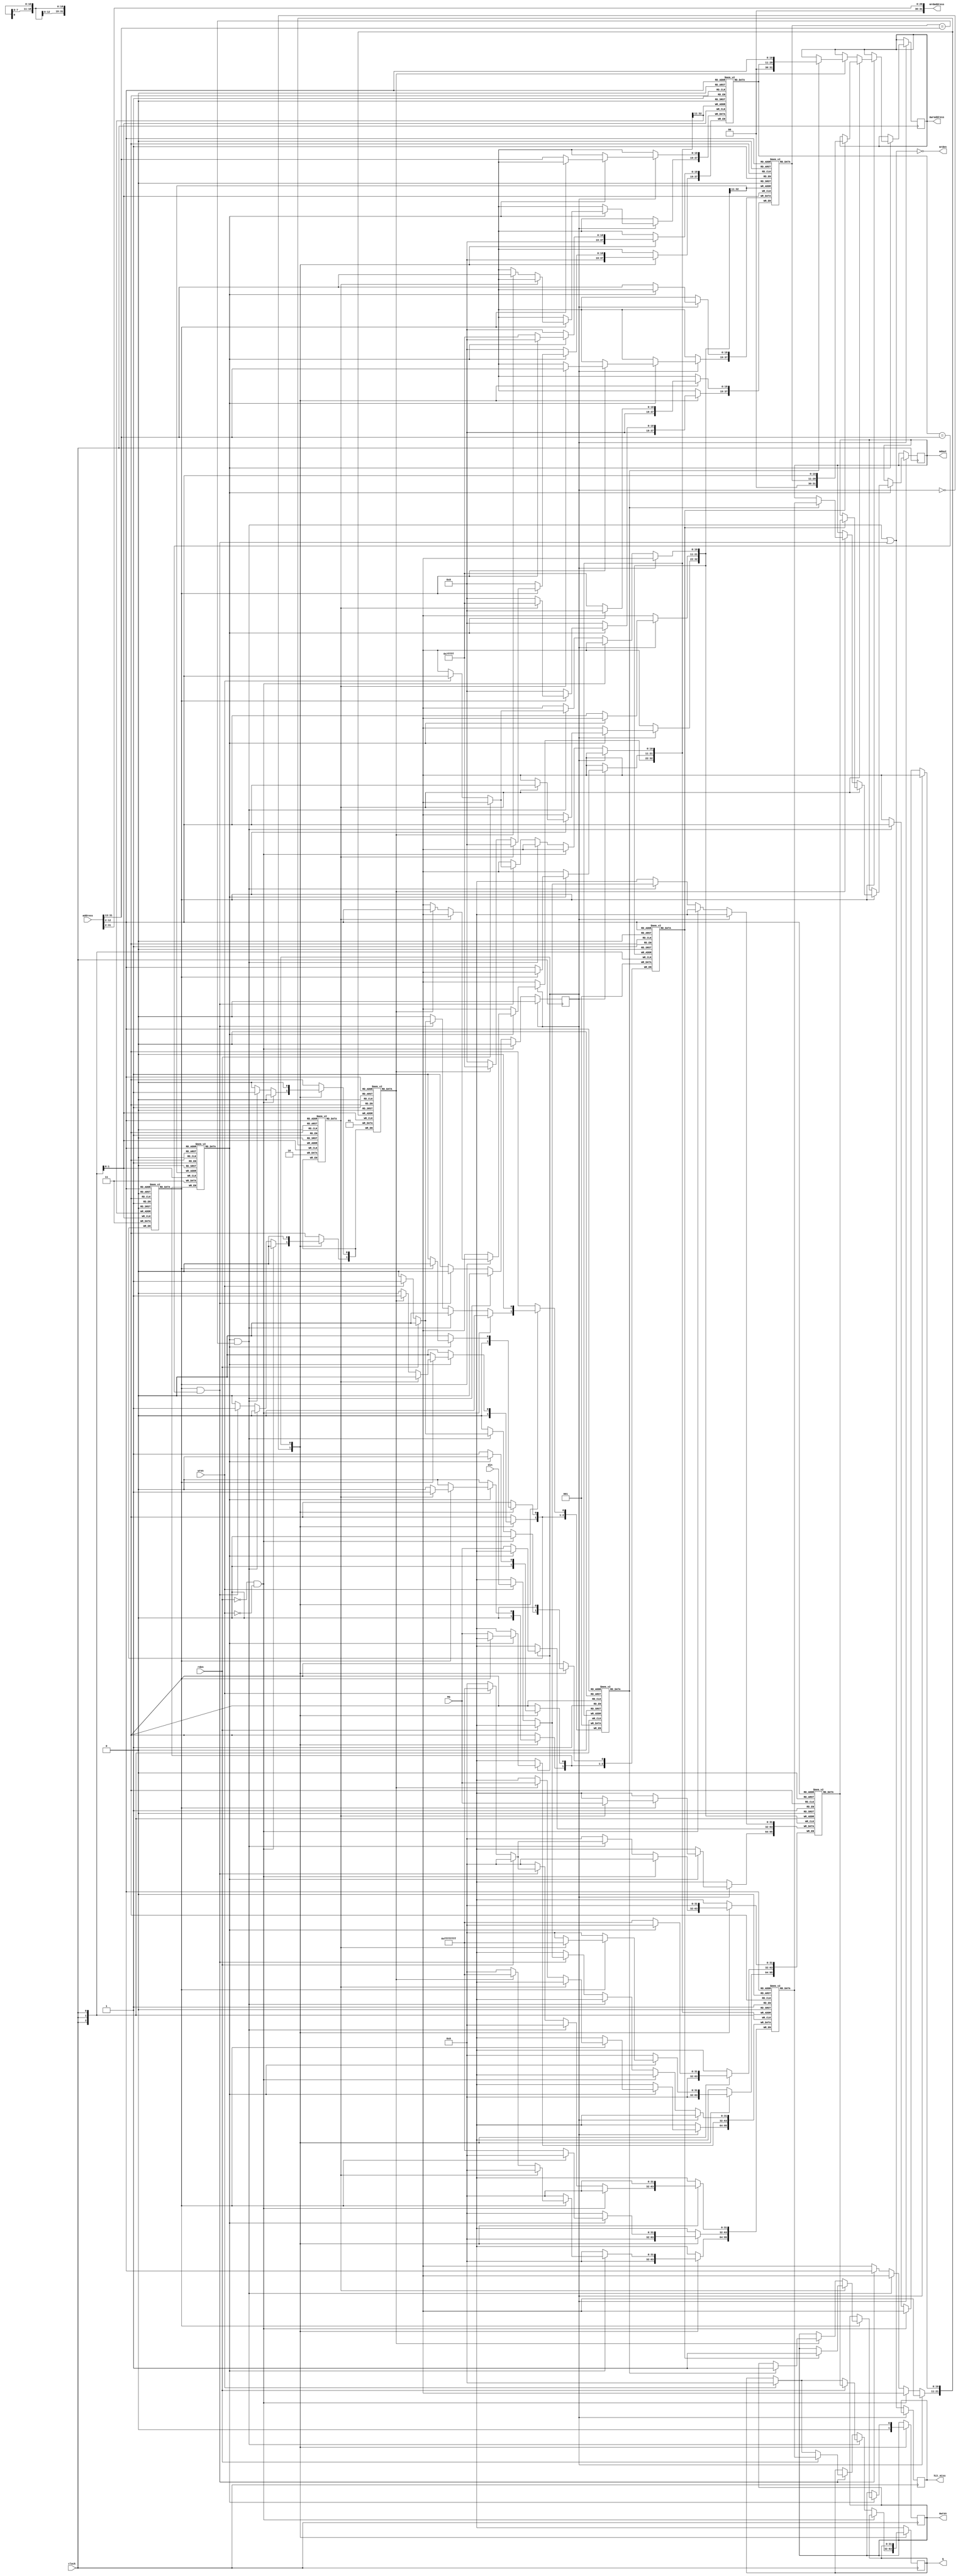

/*
 *
 * An instruction cache module
 *
 */
 
`define TAG 31:13		// position of tag in address
`define INDEX 12:2		// position of index in address
`define OFFSET 1:0		// position of offset in address

module i_cache
#(
  // Cache parameters
  parameter SIZE = 16*1024*8,
  parameter NWAYS = 2,
  parameter NSETS = 2048,
  parameter BLOCK_SIZE = 32,
  parameter WIDTH = 32,
  // Memory related paramter, make sure it matches memory module
  parameter MWIDTH = 32,		// same as block size
  // More cache related parameters
  parameter INDEX_WIDTH = 11,
  parameter TAG_WIDTH = 19,
  parameter OFFSET_WIDTH = 2
)
(
  input  wire                      clock,
  input  wire [WIDTH-1:0]          address,    // address form CPU
  input  wire [WIDTH-1:0]          din,        // data from CPU (if st inst)
  input  wire                      rden,       // 1 if ld instruction
  input  wire                      wren,       // 1 if st instruction
  output wire                      hit_miss,   // 1 if hit, 0 while handling miss
  output wire [WIDTH-1:0]          q,          // data from cache to CPU
  output wire [MWIDTH-1:0]         mdout,      // data from cache to memory
  output wire [WIDTH-1:0]          mrdaddress, // memory read address
  output wire                      mrden,      // read enable, 1 if reading from memory
  output wire [WIDTH-1:0]          mwraddress, // memory write address
  output wire                      mwren,      // write enable, 1 if writing to memory
  input  wire [MWIDTH-1:0]         mq          // data coming from memory
);

/*******************************************************************
* Global Parameters and Initializations
*******************************************************************/

// WAY 1 cache data
reg					valid1 [0:NSETS-1];
reg					dirty1 [0:NSETS-1];
reg					lru1   [0:NSETS-1];
reg [TAG_WIDTH-1:0]	tag1   [0:NSETS-1];
reg [MWIDTH-1:0]	mem1   [0:NSETS-1] /* synthesis ramstyle = "M20K" */;

// WAY 2 cache data
reg					valid2 [0:NSETS-1];
reg					dirty2 [0:NSETS-1];
reg					lru2   [0:NSETS-1];
reg [TAG_WIDTH-1:0]	tag2   [0:NSETS-1];
reg [MWIDTH-1:0]	mem2   [0:NSETS-1] /* synthesis ramstyle = "M20K" */;

// initialize everything to 0
integer k;
initial
begin
	for(k = 0; k < NSETS; k = k +1)
	begin
		valid1[k] = 0;
		valid2[k] = 0;
		dirty1[k] = 0;
		dirty2[k] = 0;
		lru1[k] = 0;
		lru2[k] = 0;
	end
end

// internal registers
reg					_hit_miss = 1'b0;
reg [WIDTH-1:0]		_q = {WIDTH{1'b0}};
reg [MWIDTH-1:0]	_mdout = {MWIDTH{1'b0}};
reg [WIDTH-1:0]		_mwraddress = {WIDTH{1'b0}};
reg					_mwren = 1'b0;

// output assignments of internal registers
assign hit_miss = _hit_miss;
assign mrden = !((valid1[address[`INDEX]] && (tag1[address[`INDEX]] == address[`TAG]))
			  || (valid2[address[`INDEX]] && (tag2[address[`INDEX]] == address[`TAG])));
assign mwren = _mwren;
assign mdout = _mdout;
assign mrdaddress = {address[`TAG],address[`INDEX]};
assign mwraddress = _mwraddress;
assign q = _q;

// state parameters
parameter idle = 1'b0;		// receive requests from CPU 
parameter miss = 1'b1;	// miss state: write back dirty block and request memory data

// state register
reg currentState = idle;

/*******************************************************************
* State Machine
*******************************************************************/

always @(posedge clock)
begin
	case (currentState)
		idle: begin
			// reset write enable, if it was turned on
			_mwren <= 0;
			// set _hit_miss register
			_hit_miss <= ((valid1[address[`INDEX]] && (tag1[address[`INDEX]] == address[`TAG]))
					  ||  (valid2[address[`INDEX]] && (tag2[address[`INDEX]] == address[`TAG])));

			// do nothing on null request
			if(~rden && ~wren) currentState <= idle;
			
			// check way 1
			else if(valid1[address[`INDEX]] && (tag1[address[`INDEX]] == address[`TAG]))
			begin
				// read hit
				if(rden) _q <= mem1[address[`INDEX]];
				// write hit
				else if(wren)
				begin
					_q = {WIDTH{1'b0}};
					mem1[address[`INDEX]] <= din;
					dirty1[address[`INDEX]] <= 1;
				end
				// update LRU data
				lru1[address[`INDEX]] <= 0;
				lru2[address[`INDEX]] <= 1;
			end
			
			// check way 2
			else if(valid2[address[`INDEX]] && (tag2[address[`INDEX]] == address[`TAG]))
			begin
				// read hit
				if(rden) _q <= mem2[address[`INDEX]];
				// write hit
				else if(wren)
				begin
					_q = {WIDTH{1'b0}};
					mem2[address[`INDEX]] <= din;
					dirty2[address[`INDEX]] <= 1;
				end
				// update LRU data
				lru1[address[`INDEX]] <= 1;
				lru2[address[`INDEX]] <= 0;
			end
			
			// miss
			else currentState <= miss;
		end
	
		miss: begin
			// one of the ways is invalid -- no need to evict
			if(~valid1[address[`INDEX]])
			begin
				mem1[address[`INDEX]] <= mq;
				tag1[address[`INDEX]] <= address[`TAG];
				dirty1[address[`INDEX]] <= 0;
				valid1[address[`INDEX]] <= 1;
			end
			
			else if(~valid2[address[`INDEX]])
			begin
				mem2[address[`INDEX]] <= mq;
				tag2[address[`INDEX]] <= address[`TAG];
				dirty2[address[`INDEX]] <= 0;
				valid2[address[`INDEX]] <= 1;
			end
			
			// way 1 is LRU
			else if(lru1[address[`INDEX]] == 1)
			begin
				// dirty block writeback
				if(dirty1[address[`INDEX]] == 1)
				begin
					_mwraddress <= {tag1[address[`INDEX]],address[`INDEX]}; 
					_mwren <= 1;
					_mdout <= mem1[address[`INDEX]];
				end
				mem1[address[`INDEX]] <= mq;
				tag1[address[`INDEX]] <= address[`TAG];
				dirty1[address[`INDEX]] <= 0;
				valid1[address[`INDEX]] <= 1;
			end
			
			// way 2 is LRU
			else if(lru2[address[`INDEX]] == 1)
			begin
				// dirty block writeback
				if(dirty2[address[`INDEX]] == 1)
				begin
					_mwraddress <= {tag2[address[`INDEX]],address[`INDEX]}; 
					_mwren <= 1;
					_mdout <= mem2[address[`INDEX]];
				end
				mem2[address[`INDEX]] <= mq;
				tag2[address[`INDEX]] <= address[`TAG];
				dirty2[address[`INDEX]] <= 0;
				valid2[address[`INDEX]] <= 1;
			end

			currentState <= idle;
		end

		default: currentState <= idle;

	endcase

end

endmodule